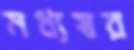
মধ্যস্বর